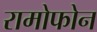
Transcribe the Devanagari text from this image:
रामोफोन